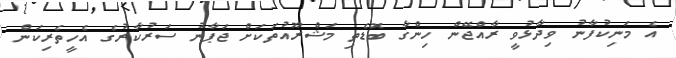
އެ މަނިކުފާނު ވިދާޅުވީ ރާއްޖޭން ހިންގާ ބޮޑެތި މަޝްރޫއުތަކަށް ޖަޕާނު ސަރުކާރުގެ އެހީތެރިކަން